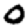
Digit: 0